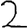
Digit: 2